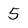
Character: 5